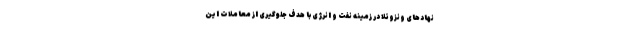
نهاد‌های ونزوئلا در زمینه نفت و انرژی با هدف جلوگیری از معاملات این